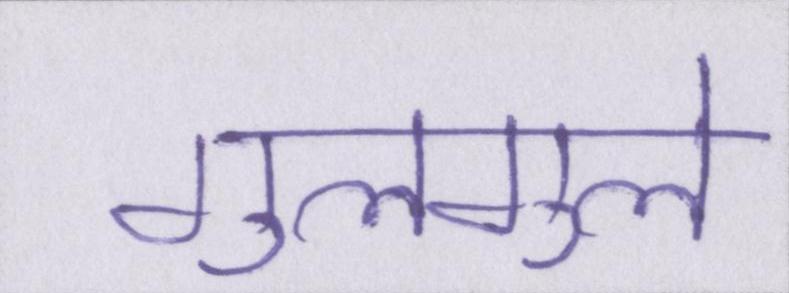
गुलगुले